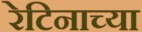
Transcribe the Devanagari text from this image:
रेटिनाच्या